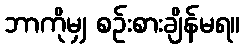
ဘာကိုမျှ စဉ်းစားချိန်မရ။